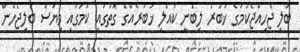
ބަލި ޖެހިއްޖެކަމުގެ ޚަބަރު ލިބެނީ ކުއްލި ޚަބަރެއްގެ ގޮތުގައި ކަމުގައި ވިޔަސް ބަލިޖެހެން